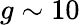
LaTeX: g\sim 10